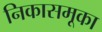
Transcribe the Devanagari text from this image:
निकासमूका